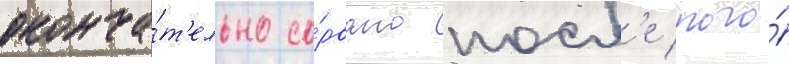
оконча́т'ельно со́рвано посл'е того́